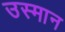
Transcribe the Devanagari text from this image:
उस्‍मान